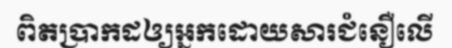
ពិតប្រាកដឲ្យអ្នកដោយសារជំនឿលើ